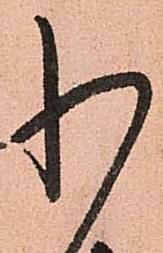
わ